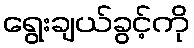
ရွေးချယ်ခွင့်ကို